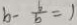
b - \frac { 6 } { b } = 1